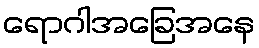
ရောဂါအခြေအနေ